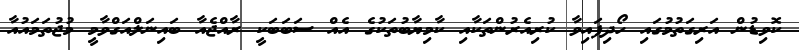
ކޮވިޑުން އަރިގަތުމުގައި ހޯދިފައިވާ ކުރިއެރުންތަކާއި ކާމިޔާބުތަކުގެ އެއް ސަބަބަކީ ރާއްޖެއާ ބައިނަލްއަގްވާމީ މުޖުތަމައުއާ